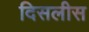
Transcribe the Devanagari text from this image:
दिसलीस